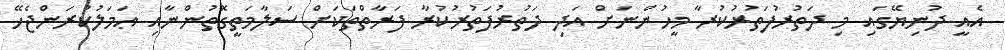
އެއީ ދުނިޔޭގައި މި ދަތުރުފަތުރުކުރާ މީހުންނަށް އަދި ދަތުރުފަތުރުކުރާ ފަރާތްތަކަށް ސަލާމަތީގޮތުންނާއި ޢަމަލުކުރަންޖެހޭ